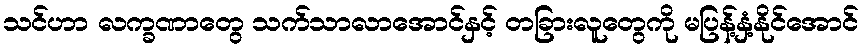
သင်ဟာ လက္ခဏာတွေ သက်သာလာအောင်နှင့် တခြားလူတွေကို မပြန့်နှံ့နိုင်အောင်